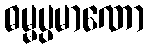
ဓမ္မပ္ပမာဏော